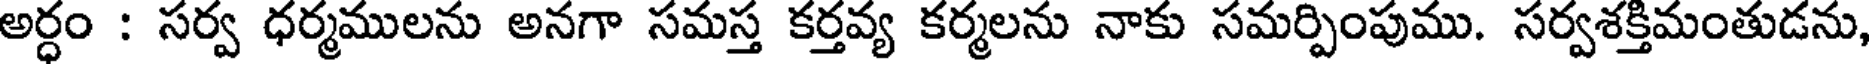
అర్ధం : సర్వ ధర్మములను అనగా సమస్త కర్తవ్య కర్మలను నాకు సమర్పింపుము. సర్వశక్తిమంతుడను,